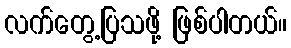
လက်တွေ့ပြသဖို့ ဖြစ်ပါတယ်။